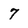
Character: 7